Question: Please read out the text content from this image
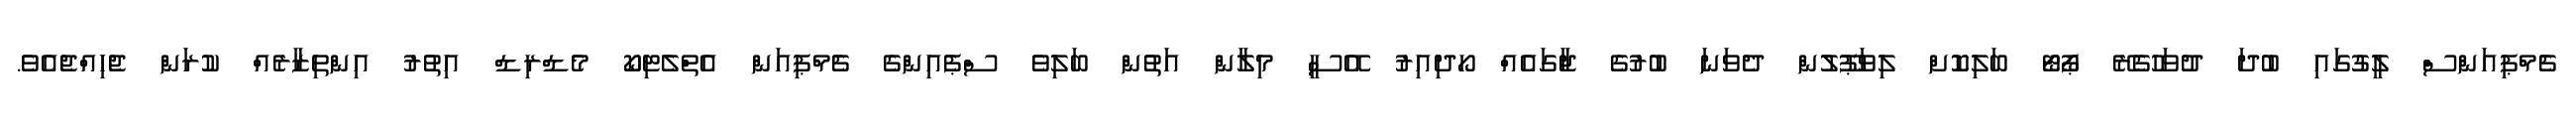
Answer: ޗެމްޕިއަންސް ލީގުގައި ބުދަ ދުވަހުގެރޭ ޕޯޓޯ ބަލިކޮށް ލިވަޕޫލުން ދެވަނަ ބުރުގެ ޖާގައެއް ހޯދިއިރު އޭސީ މިލާން އަތުން ބަލިވެ ސްޕެއިންގެ ޗެމްޕިއަން އެތްލެޓިކޯ މެޑްރިޑް އިތުރު އިންތިޒާރެއް ކުރަން ޖެހިއްޖެއެވެ.